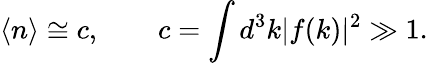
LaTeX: \langle n\rangle\cong c,\qquad c=\int d^{3}k|f(k)|^{2}\gg 1.